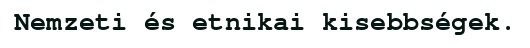
Nemzeti és etnikai kisebbségek.